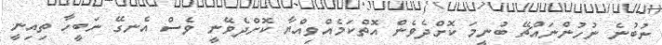
ނުބުނެ ނުހުންނައްޗޭ ބުނީމަ ކޮށްދެވެން އޮތްކަމެއްވިއްޔާ ކޮށްދެވޭނީ ވެސް އެނގޭ ނަބީހާ ތިއިނީ